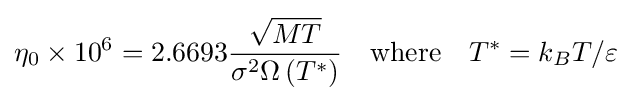
\eta _{0}\times 10^{6}=2.6693{\frac {\sqrt {MT}}{\sigma ^{2}\Omega \left(T^{*}\right)}}\quad {\text{where}}\quad T^{*}=k_{B}T/\varepsilon